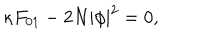
\kappa F _ { 0 1 } - 2 N | \phi | ^ { 2 } = 0 ,